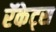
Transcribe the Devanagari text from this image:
रॅकेट्स